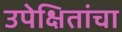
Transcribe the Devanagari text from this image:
उपेक्षितांचा